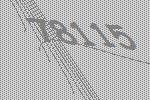
78115